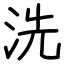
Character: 洗